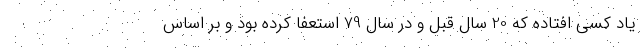
یاد کسی افتاده که 20 سال قبل و در سال 79 استعفا کرده بود و بر اساس